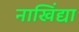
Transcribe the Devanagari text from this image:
नाखिंद्या